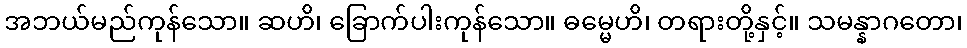
အဘယ်မည်ကုန်သော။ ဆဟိ၊ ခြောက်ပါးကုန်သော။ ဓမ္မေဟိ၊ တရားတို့နှင့်။ သမန္နာဂတော၊